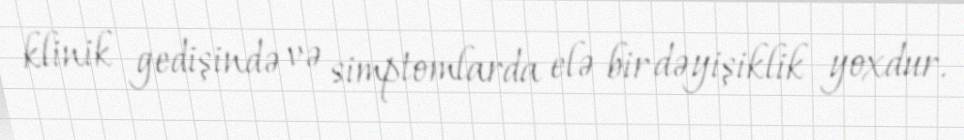
klinik gedişində və simptomlarda elə bir dəyişiklik yoxdur.